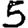
Digit: 5